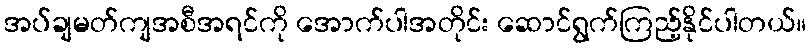
အပ်ချမတ်ကျအစီအရင်ကို အောက်ပါအတိုင်း ဆောင်ရွက်ကြည့်နိုင်ပါတယ်။